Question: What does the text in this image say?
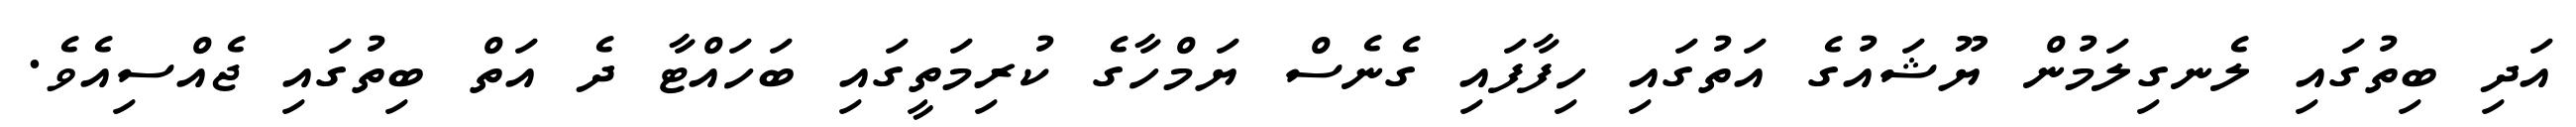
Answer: އަދި ބިތުގައި ލެނގިލަމުން ޔޫޝައުގެ އަތުގައި ހިފާފައި ގެނެސް ޔަމްހާގެ ކުރިމަތީގައި ބަހައްޓާ ދެ އަތް ބިތުގައި ޖެއްސިއެވެ.